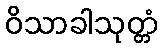
ဝိသာခါသုတ္တံ